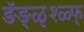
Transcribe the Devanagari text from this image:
ङॅङ्ळृश्ळ्फ्